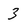
Character: 3